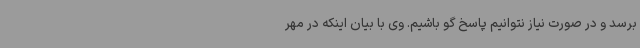
برسد و در صورت نیاز نتوانیم پاسخ گو باشیم. وی با بیان اینکه در مهر